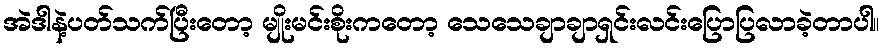
အဲဒါနဲ့ပတ်သက်ပြီးတော့ မျိုးမင်းစိုးကတော့ သေသေချာချာရှင်းလင်းပြောပြလာခဲ့တာပါ။